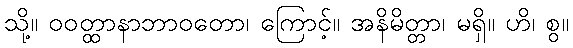
သို့။ ဝဝတ္ထာနာဘာဝတော၊ ကြောင့်။ အနိမိတ္တာ၊ မရှိ။ ဟိ၊ စွ။